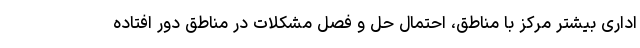
اداری بیشتر مرکز با مناطق، احتمال حل و فصل مشکلات در مناطق دور افتاده